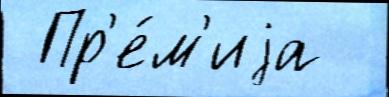
 Пр'е́м'иjа